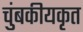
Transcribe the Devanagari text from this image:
चुंबकीयकृत